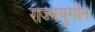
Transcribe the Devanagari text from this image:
राज्ययुगीन